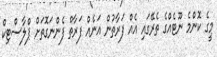
މީގެ ކޮންމެ ނޫޓެއްގެ ތެރޭގައި އެއް ފަރާތުން އަނެއް ފަރާތް ފެންނަގޮތަށް ޕްލާސްޓިކް